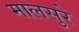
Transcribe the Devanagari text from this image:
मालसुरे